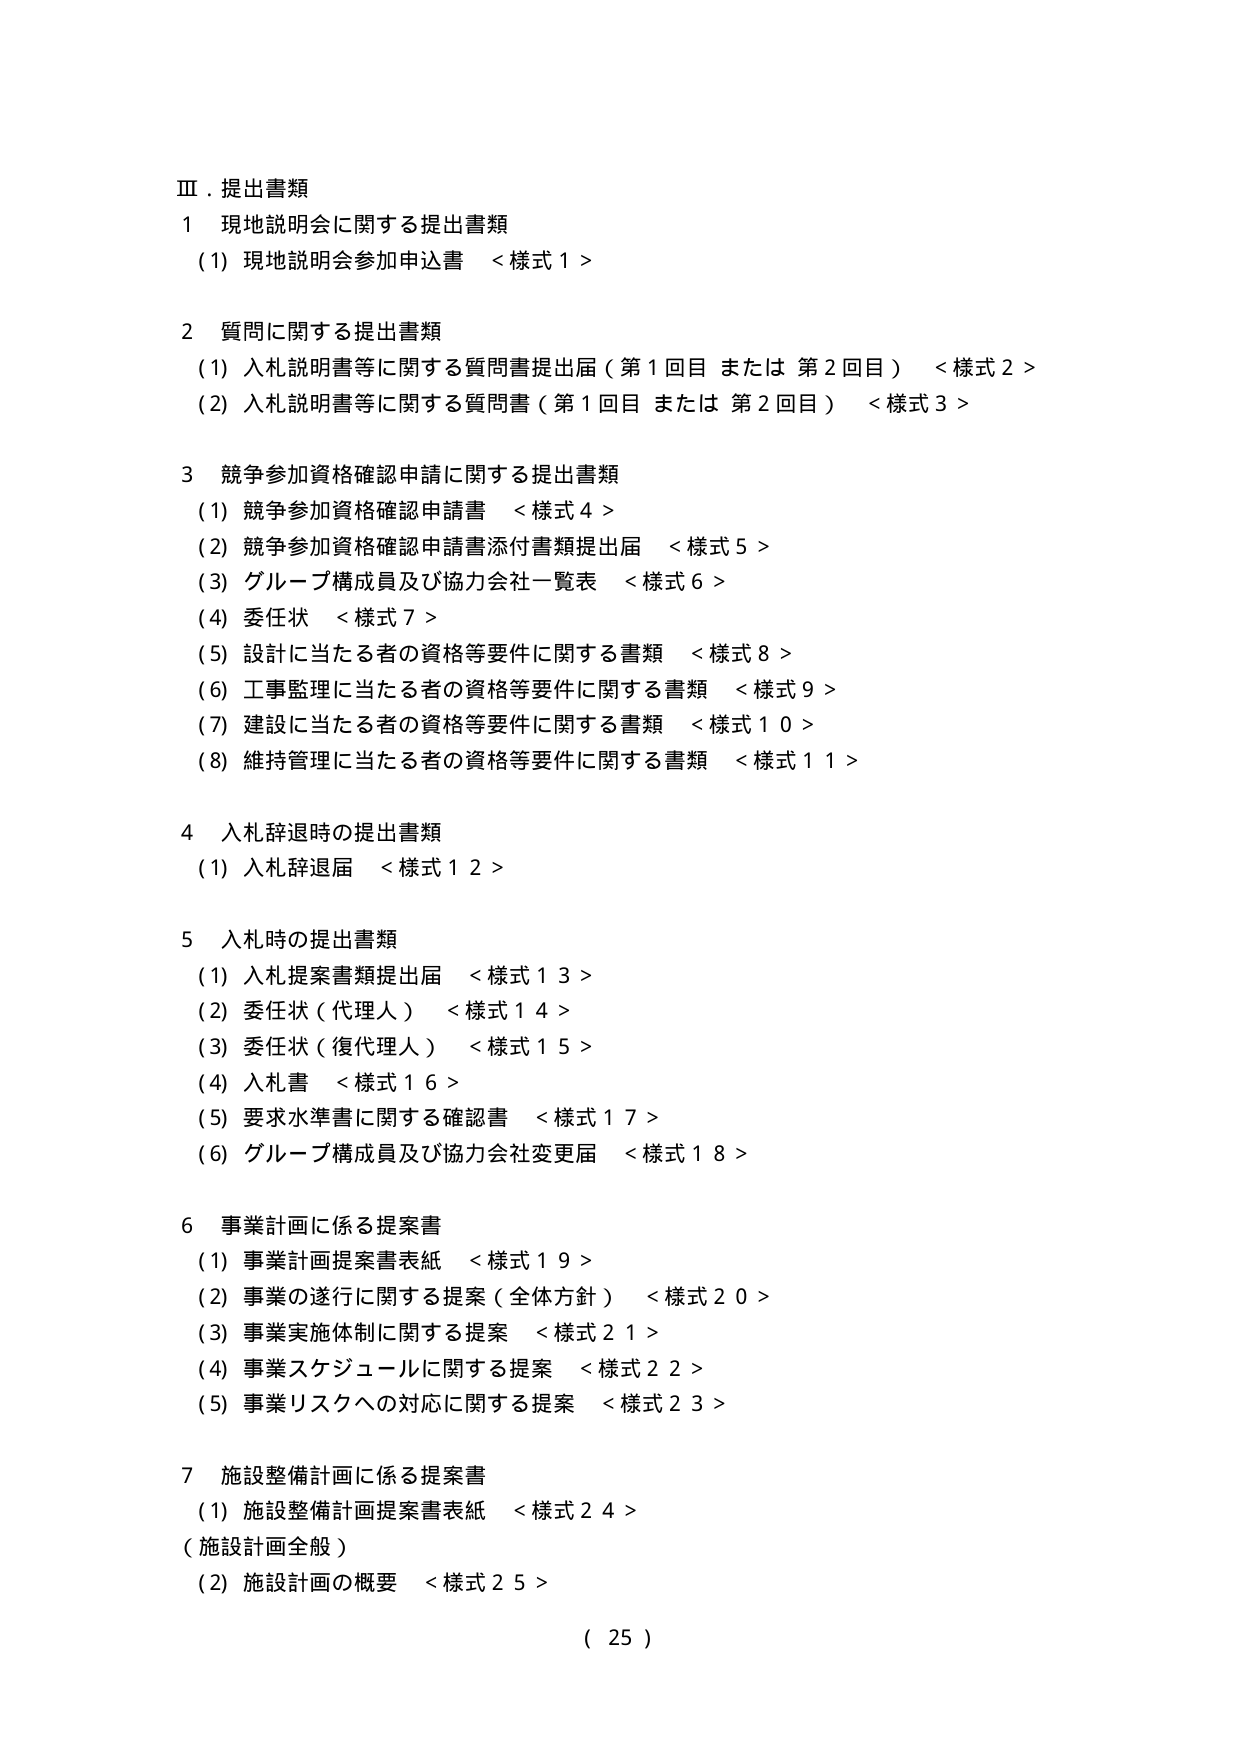
Ⅲ．提出書類
1 現地説明会に関する提出書類
　(1) 現地説明会参加申込書 ＜様式１＞

2 質問に関する提出書類
　(1) 入札説明書等に関する質問書提出届（第１回目 または 第２回目） ＜様式２＞
　(2) 入札説明書等に関する質問書（第１回目 または 第２回目） ＜様式３＞

3 競争参加資格確認申請に関する提出書類
　(1) 競争参加資格確認申請書 ＜様式４＞
　(2) 競争参加資格確認申請書添付書類提出届 ＜様式５＞
　(3) グループ構成員及び協力会社一覧表 ＜様式６＞
　(4) 委任状 ＜様式７＞
　(5) 設計に当たる者の資格等要件に関する書類 ＜様式８＞
　(6) 工事監理に当たる者の資格等要件に関する書類 ＜様式９＞
　(7) 建設に当たる者の資格等要件に関する書類 ＜様式１０＞
　(8) 維持管理に当たる者の資格等要件に関する書類 ＜様式１１＞

4 入札辞退時の提出書類
　(1) 入札辞退届 ＜様式１２＞

5 入札時の提出書類
　(1) 入札提案書類提出届 ＜様式１３＞
　(2) 委任状（代理人） ＜様式１４＞
　(3) 委任状（復代理人） ＜様式１５＞
　(4) 入札書 ＜様式１６＞
　(5) 要求水準書に関する確認書 ＜様式１７＞
　(6) グループ構成員及び協力会社変更届 ＜様式１８＞

6 事業計画に係る提案書
　(1) 事業計画提案書表紙 ＜様式１９＞
　(2) 事業の遂行に関する提案（全体方針） ＜様式２０＞
　(3) 事業実施体制に関する提案 ＜様式２１＞
　(4) 事業スケジュールに関する提案 ＜様式２２＞
　(5) 事業リスクへの対応に関する提案 ＜様式２３＞

7 施設整備計画に係る提案書
　(1) 施設整備計画提案書表紙 ＜様式２４＞
　（施設計画全般）
　(2) 施設計画の概要 ＜様式２５＞

（ 25 ）